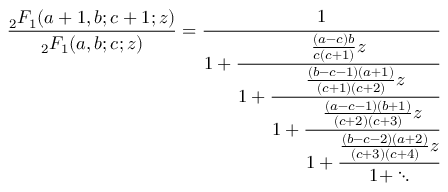
{ \frac { _ { 2 } F _ { 1 } ( a + 1 , b ; c + 1 ; z ) } { _ { 2 } F _ { 1 } ( a , b ; c ; z ) } } = { \cfrac { 1 } { 1 + { \cfrac { { \frac { ( a - c ) b } { c ( c + 1 ) } } z } { 1 + { \cfrac { { \frac { ( b - c - 1 ) ( a + 1 ) } { ( c + 1 ) ( c + 2 ) } } z } { 1 + { \cfrac { { \frac { ( a - c - 1 ) ( b + 1 ) } { ( c + 2 ) ( c + 3 ) } } z } { 1 + { \cfrac { { \frac { ( b - c - 2 ) ( a + 2 ) } { ( c + 3 ) ( c + 4 ) } } z } { 1 + \ddots } } } } } } } } } }